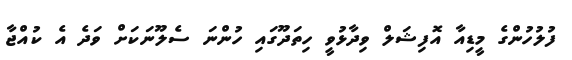
ފުލުހުންގެ މީޑިއާ އޮފިޝަލް ވިދާޅުވީ ހިތަދޫގައި ހުންނަ ސެލޫނަކަށް ވަދެ އެ ކުއްޖާ